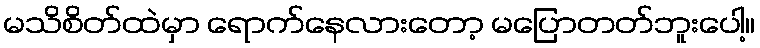
မသိစိတ်ထဲမှာ ရောက်နေလားတော့ မပြောတတ်ဘူးပေါ့။